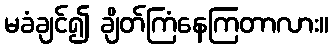
မခံချင်၍ ချိတ်ကြံနေကြတာလား။